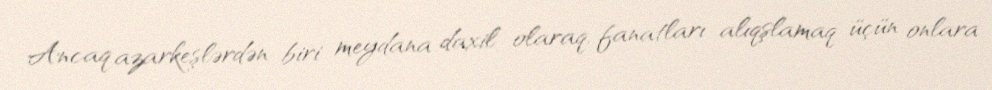
Ancaq azarkeşlərdən biri meydana daxil olaraq, fanatları alıqşlamaq üçün onlara